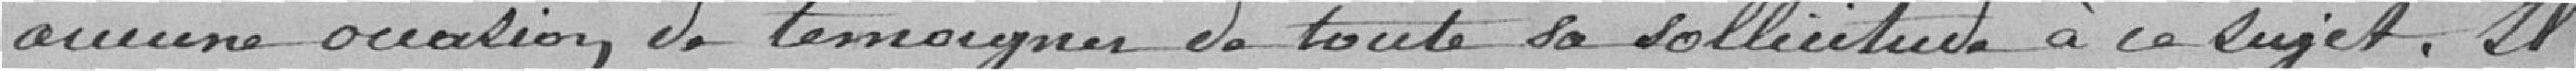
aucune occasion de témoigner de toute la sollicitude à ce sujet. il